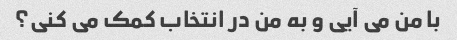
با من می آیی و به من در انتخاب کمک می کنی؟